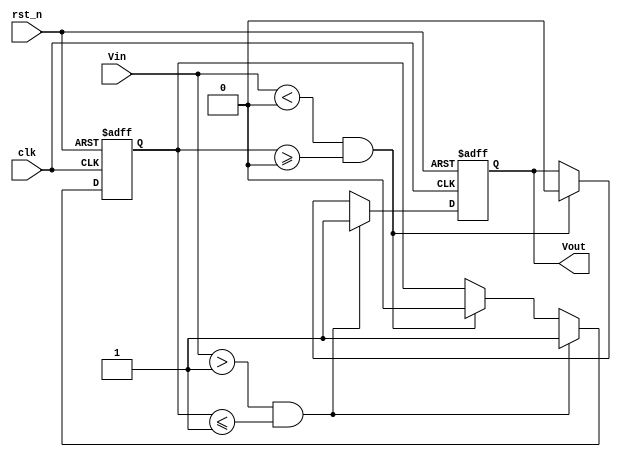
module SchmittTriggerEdgeDetector (
    input wire clk,           // Clock signal for synchronization
    input wire rst_n,        // Active low reset
    input wire Vin,          // Input signal to be monitored
    output reg Vout          // Output signal indicating edge detection
);
    
    // Parameters for threshold levels (these can be adjusted based on your application)
    parameter Vth_high = 1'b1; // Upper threshold (rising edge detection)
    parameter Vth_low = 1'b0;  // Lower threshold (falling edge detection)

    reg last_state;           // Memory element to store the last state of Vin

    // Initial conditions
    initial begin
        Vout = 1'b0;         // Output starts low
        last_state = 1'b0;   // Last state starts low
    end

    // Edge Detection Logic
    always @(posedge clk or negedge rst_n) begin
        if (!rst_n) begin
            Vout <= 1'b0;    // On reset, output is low
            last_state <= 1'b0; // On reset, last state is low
        end else begin
            if (Vin > Vth_high && last_state <= Vth_high) begin
                Vout <= 1'b1;  // Rising edge detected
                last_state <= 1'b1; // Update last state to high
            end else if (Vin < Vth_low && last_state >= Vth_low) begin
                Vout <= 1'b0;  // Falling edge detected
                last_state <= 1'b0; // Update last state to low
            end
            // If in hysteresis region, maintain last state
        end
    end

endmodule